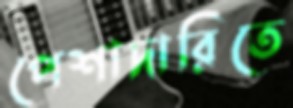
পেশাদারিতে